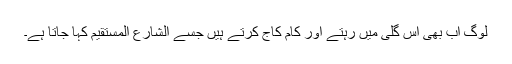
لوگ اب بھی اس گلی میں رہتے اور کام کاج کرتے ہیں جسے الشارع المستقیم کہا جاتا ہے۔